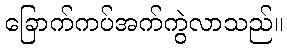
ခြောက်ကပ်အက်ကွဲလာသည်။